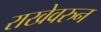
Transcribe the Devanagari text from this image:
राखेवरुन